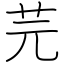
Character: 芫